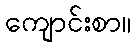
ကျောင်းစာ။